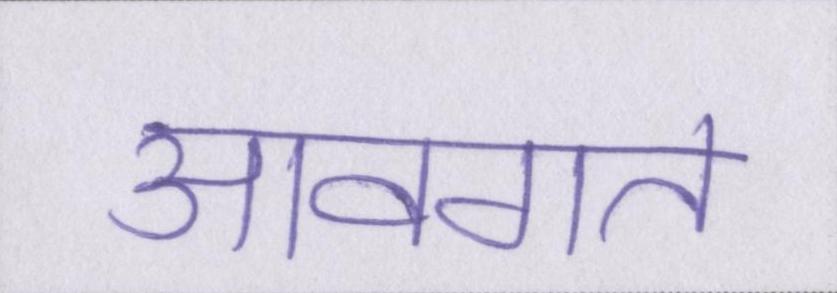
आवगत